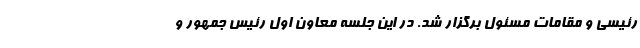
رئیسی و مقامات مسئول برگزار شد. در این جلسه معاون اول رئیس جمهور و